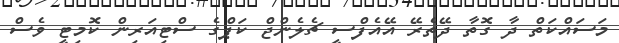
މަސައްކަތް ދާ ގޮތާ ދޭތެރޭ އޭއެފްސީ ޗެލެންޖް ކަޕްގެ ސްޓިއަރިން ކޮމިޓީ ވެސް